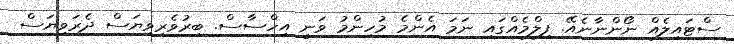
ސްޓައިލެއް ނޯންނާނެއޭ. ފިލްމެއްގައި ނަމަ އެންމެ މުހިންމު ވަނީ އިހްސާސް. ބިރުވެރިވިޔަސް ދެރަވިޔަސް